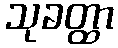
သုခတ္ထာ